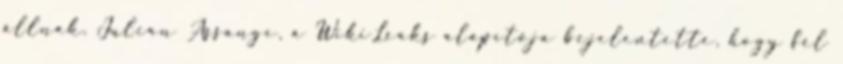
állnak. Julian Assange, a WikiLeaks alapítója bejelentette, hogy fél